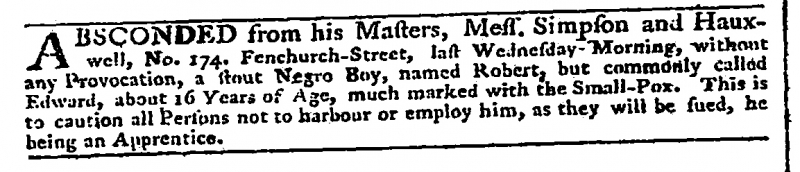
Daily Advertiser, 6 September 1777 (England)
ABSCONDED from his Masters, Mess. Simpson and Hauxwell, No. 174. Fenchurch-Street, last Wednesday Morning, without any Provocation, a stout Negro Boy, named Robert, but commonly called Edward, about 16 Years of Age, much marked with the Small-Pox. This is to caution all Persons not to harbour or employ him, as they will be sued, he being an Apprentice.